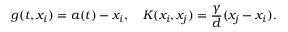
g ( t , x _ { i } ) = a ( t ) - x _ { i } , \quad K ( x _ { i } , x _ { j } ) = \frac { \gamma } { d } ( x _ { j } - x _ { i } ) .